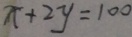
x + 2 y = 1 0 0